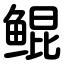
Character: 鲲